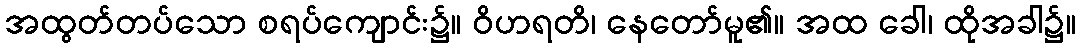
အထွတ်တပ်သော စရပ်ကျောင်း၌။ ဝိဟရတိ၊ နေတော်မူ၏။ အထ ခေါ၊ ထိုအခါ၌။